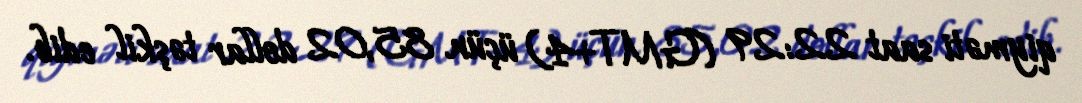
qiyməti saat 22:29 (GMT+4) üçün 85,02 dollar təşkil edib.